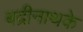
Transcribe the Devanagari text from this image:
बद्रीनाथके